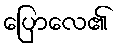
ပြောလေ၏